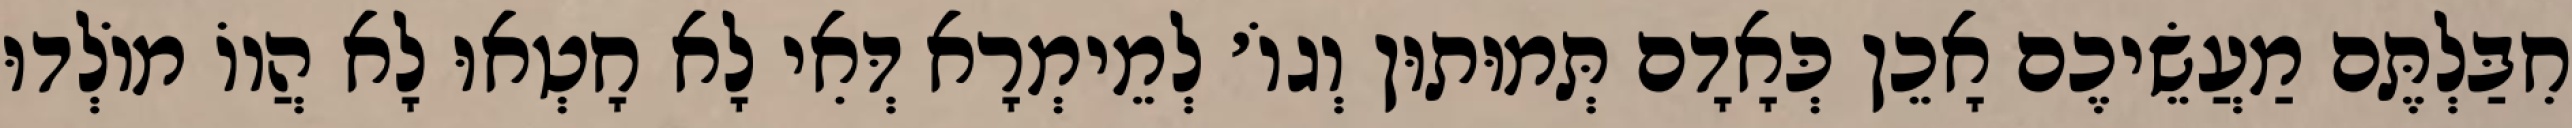
חִבַּלְתֶּם מַעֲשֵׂיכֶם אָכֵן כְּאָדָם תְּמוּתוּן וְגוֹ׳ לְמֵימְרָא דְּאִי לָא חָטְאוּ לָא הֲווֹ מוֹלְדוּ